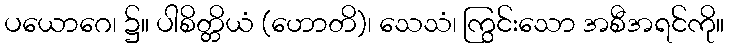
ပယောဂေ၊ ၌။ ပါစိတ္တိယံ (ဟောတိ)၊ သေသံ၊ ကြွင်းသော အစီအရင်ကို။